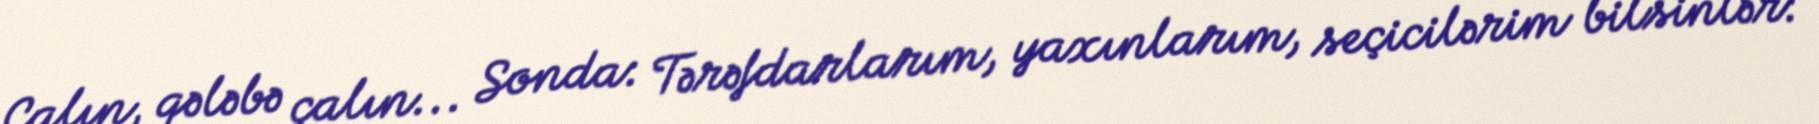
Çalın, qələbə çalın... Sonda: Tərəfdarlarım, yaxınlarım, seçicilərim bilsinlər: